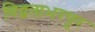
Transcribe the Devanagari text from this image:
विद्वताभरपूर